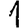
Digit: 1